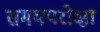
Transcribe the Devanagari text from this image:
समयपरीक्षा